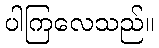
ပါကြလေသည်။